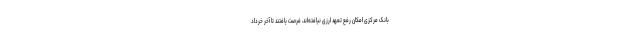
بانک مرکزی امکان رفع تعهد ارزی نیافته‌اند، فرصت یافتند تا آخر خرداد